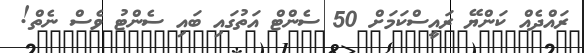
ރައްދެއް ކަންޔޭ ރައީސްކަމަށް 50 ސެންޓް އަތުގައި ބައި ސެންޓު ވެސް ނެތް!